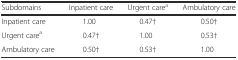
<table><thead><tr><td><b>Subdomains</b></td><td><b>Inpatient care</b></td><td><b>Urgent care<sup>a</sup></b></td><td><b>Ambulatory care</b></td></tr></thead><tbody><tr><td>Inpatient care</td><td>1.00</td><td>0.47†</td><td>0.50†</td></tr><tr><td>Urgent care<sup>a</sup></td><td>0.47†</td><td>1.00</td><td>0.53†</td></tr><tr><td>Ambulatory care</td><td>0.50†</td><td>0.53†</td><td>1.00</td></tr></tbody></table>